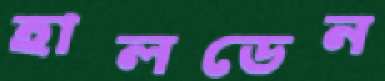
হালডেন